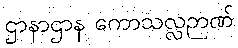
ဌာနာဌာန ကောသလ္လဉာဏ်